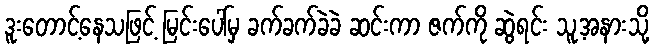
ဒူးတောင့်နေသဖြင့် မြင်းပေါ်မှ ခက်ခက်ခဲခဲ ဆင်းကာ ဇက်ကို ဆွဲရင်း သူ့အနားသို့